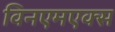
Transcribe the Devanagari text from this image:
विनएमएक्स